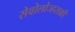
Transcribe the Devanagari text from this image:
सेवोलोज्हसकी